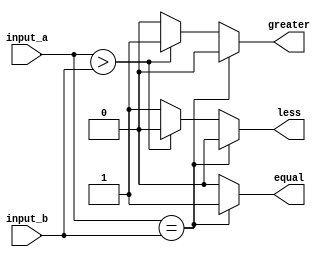
module parameterized_comparator #(
    parameter N = 8  // Default width is set to 8 bits
) (
    input  [N-1:0] input_a,  // N-bit input a
    input  [N-1:0] input_b,  // N-bit input b
    output reg equal,         // Output signal for equality
    output reg greater,       // Output signal for greater than
    output reg less           // Output signal for less than
);

    // Always block to compare inputs
    always @(*) begin
        // Default values
        equal = 0;
        greater = 0;
        less = 0;

        // Compare the inputs
        if (input_a == input_b) begin
            equal = 1;
        end else if (input_a > input_b) begin
            greater = 1;
        end else begin
            less = 1;
        end
    end

endmodule